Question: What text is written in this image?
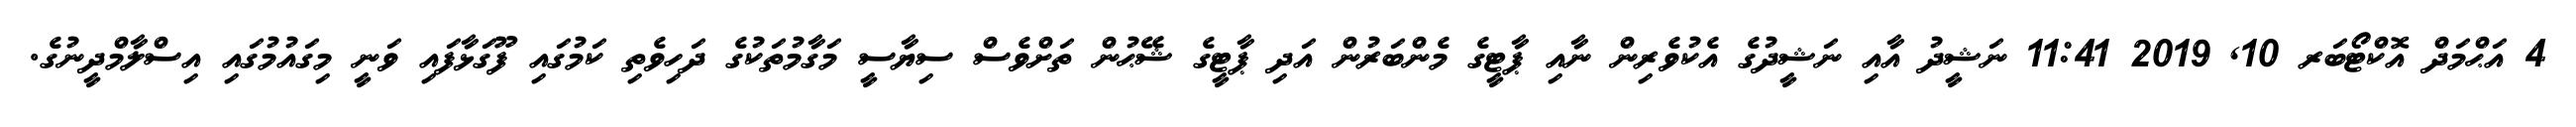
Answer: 4 އަޙްމަދް އޮކްޓޯބަރ 10, 2019 11:41 ނަޝީދު އާއި ނަޝީދުގެ އެކުވެރިން ނާއި ޕާޓީގެ މެންބަރުން އަދި ޕާޓީގެ ޝޭޙުން ތަށްވެސް ސިޔާސީ މަގާމުތަކުގެ ދަހިވެތި ކަމުގައި ފޫގަޅާފައި ވަނީ މިގައުމުގައި އިސްލާމްދީނުގެ.